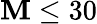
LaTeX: \mathbf{M}\leq30